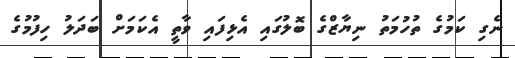
ނެގި ކަމުގެ ތުހުމަތު ނިޔާޒްގެ ބޮލުގައި އެޅިފައި ވާތީ އެކަމަށް ބަދަލު ހިފުމުގެ